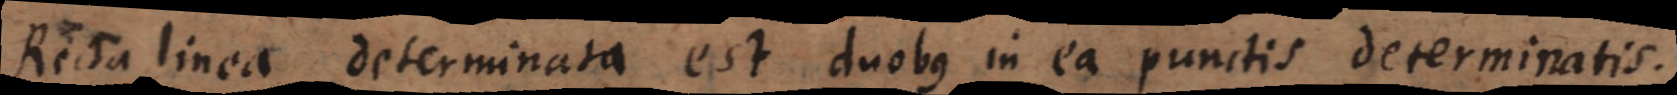
Recta linea determinata est duobus in ea punctis determinatis.